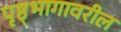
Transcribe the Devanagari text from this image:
पृष्ठ्भागावरील